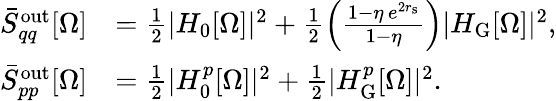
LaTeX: \begin{array}{rl}{\bar{S}_{qq}^{\mathrm{out}}[\Omega]}&{=\frac{1}{2}|H_{0}[\Omega]|^{2}+\frac{1}{2}\left(\frac{1-\eta\, e^{2r_{\mathrm{s}}}}{1-\eta}\right)|H_{\mathrm{G}}[\Omega]|^{2},}\\ {\bar{S}_{pp}^{\mathrm{out}}[\Omega]}&{=\frac{1}{2}|H_{0}^{p}[\Omega]|^{2}+\frac{1}{2}|H_{\mathrm{G}}^{p}[\Omega]|^{2}.}\end{array}